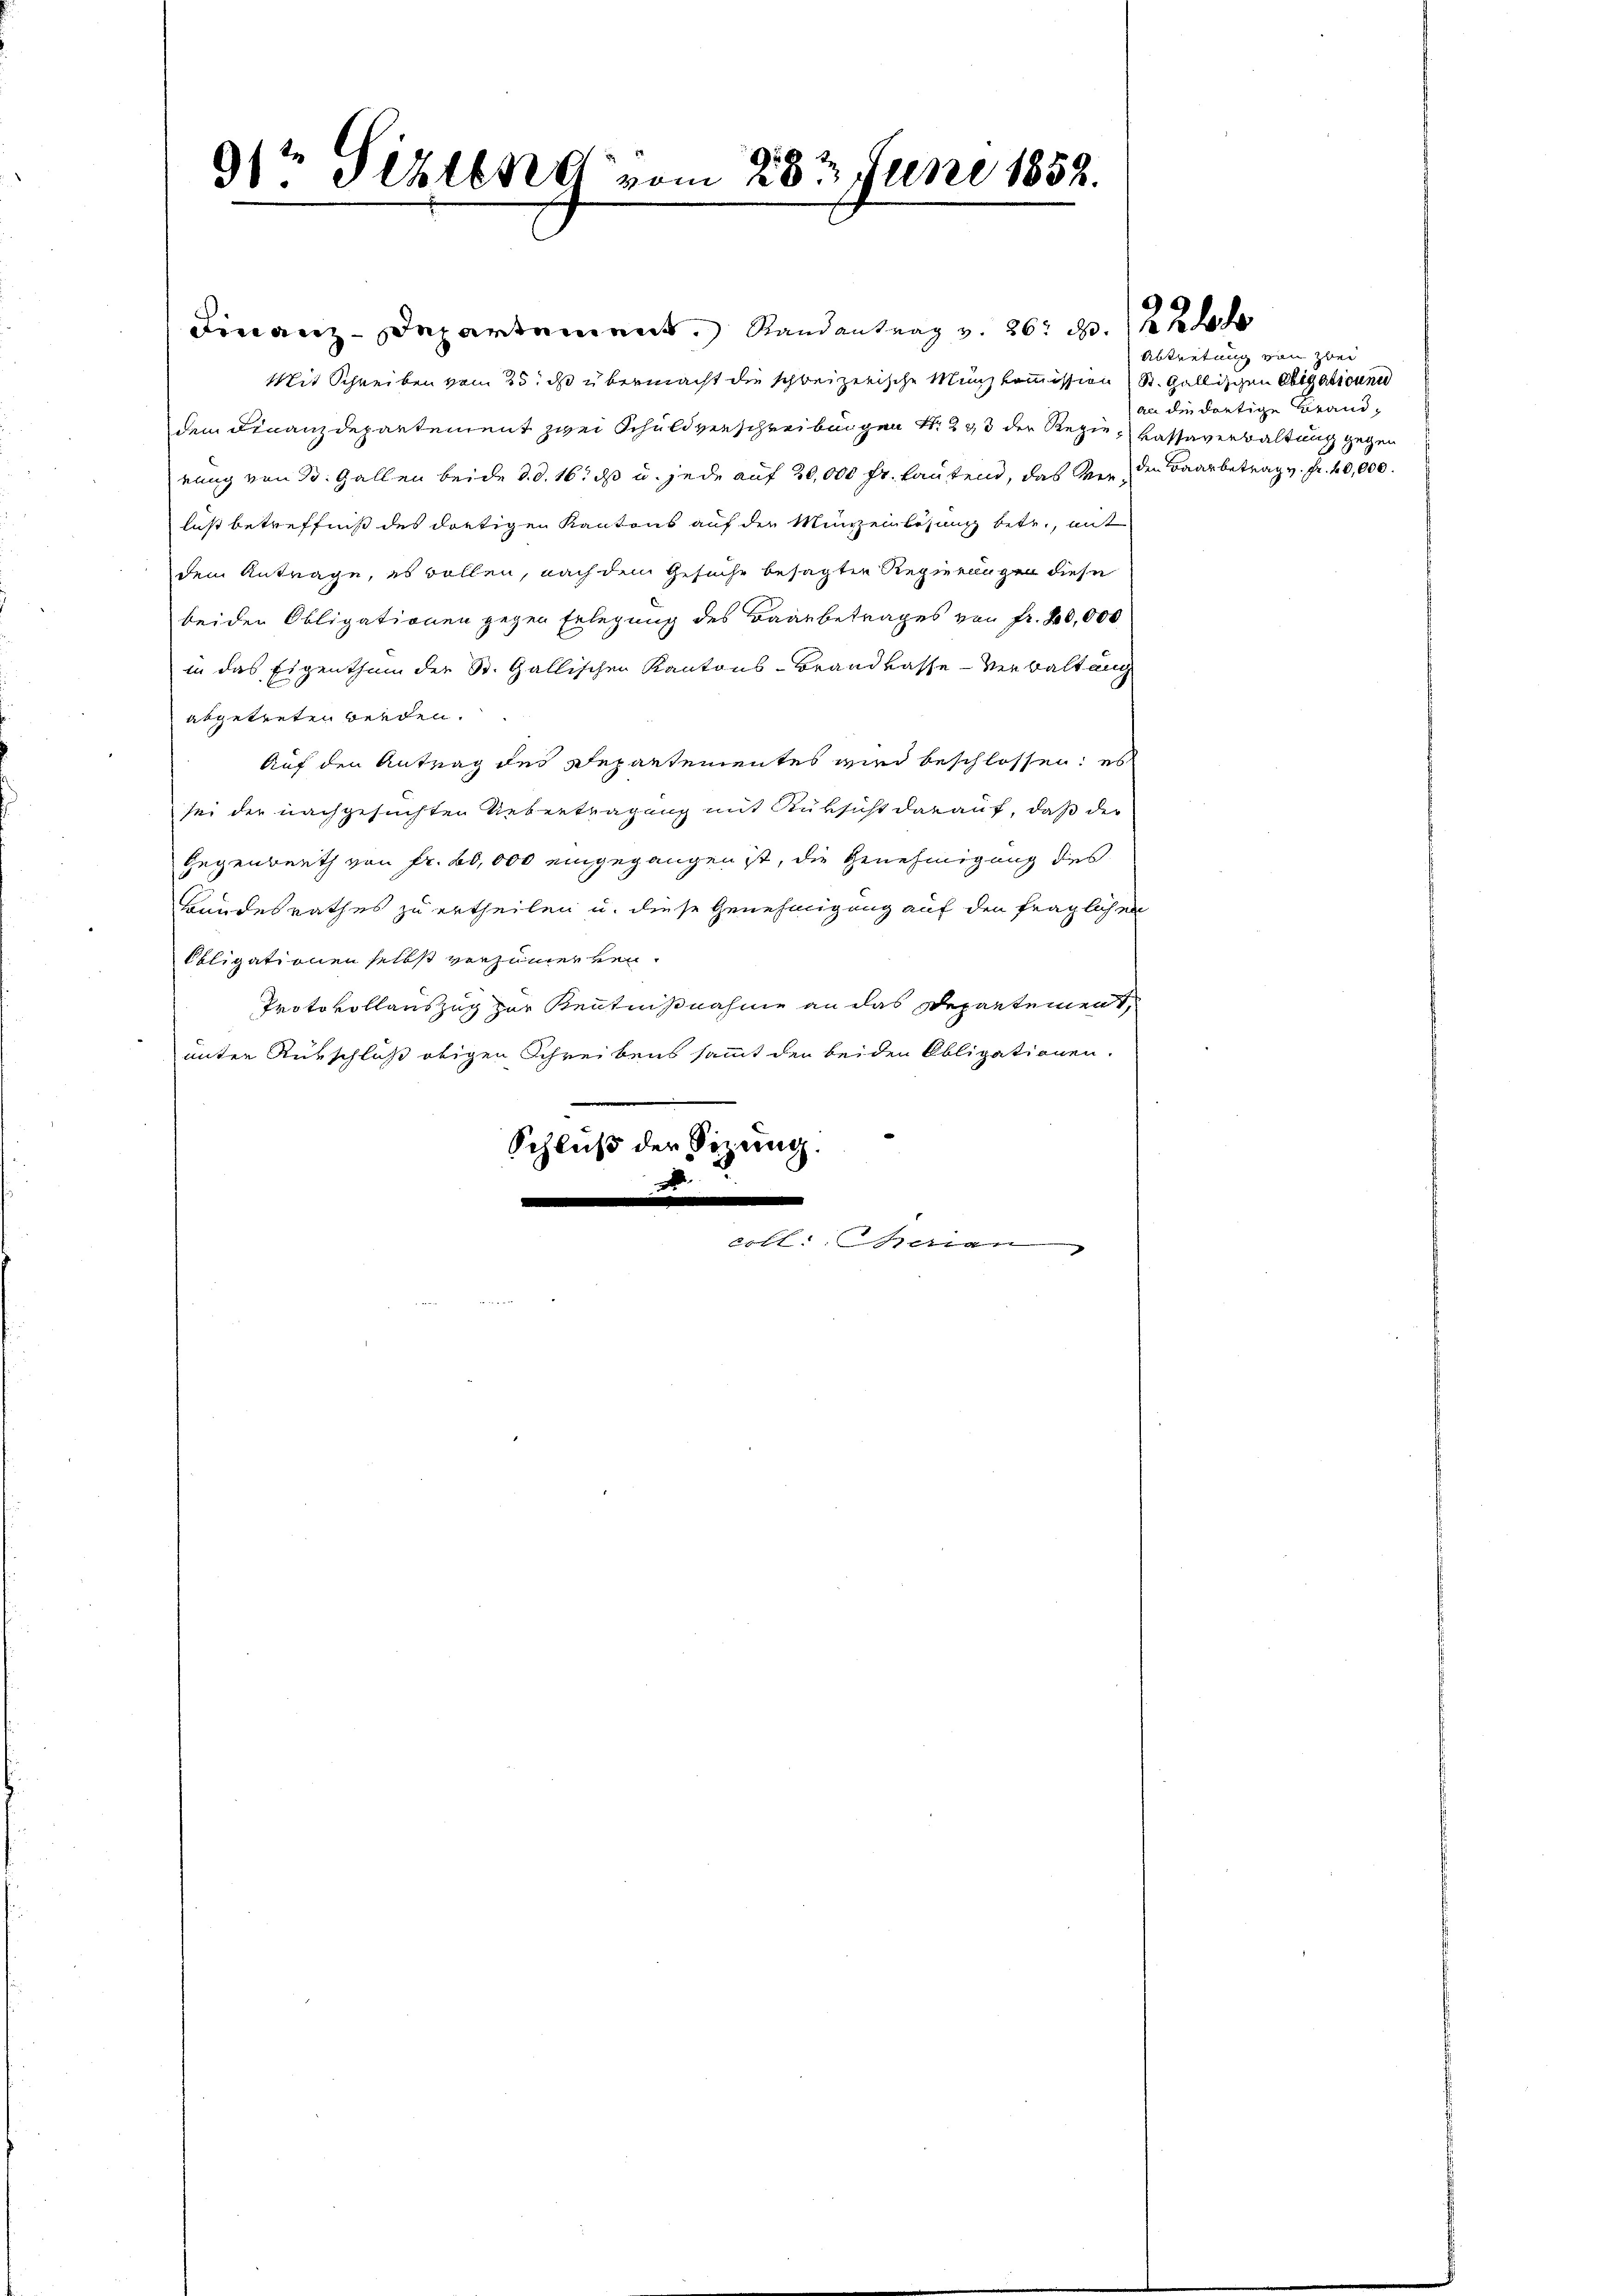
31t Pizleng vom 28t Juni 1852.

Finanz-Departement Randantrag v. 26. d. 2
Mit Schreiben vom 25. dß übermacht die schweizerische Münzkommission St. Gallischen Obligationen
dem Finanzdepartement zwei Schuldverschreibungen S. 233 der Regien Kassaverwaltung gegen
rung von 30. Gallen beide d. d. 16. ds u. jede auf 20,000 fr. lautend, das Ver- den Baarbetrag v. fr. 40,000.
luß betreffniß des dortigen Kantons auf der Münzenlösung betr., mit
dem Antrage, es wollen, nach dem Gesuche besagten Regierungen diese
beiden Obligationen gegen Erlegung des Baarbetrages von Fr. 20,000
in das Eigenthum der St. Gallischen Kantons-Brandkasse Verwaltung
abgetreten werden.
Auf den Antrag des Departementes wird beschlossen: es
sei der nachgesuchten Uebertragung mit Rüksicht darauf, daß der
Gegenwerth von Fr. 60,000 eingegangen ist, die Genehmigung des
Bandesrathes zu ertheilen u. diese Genehmigung auf den fraglichen
Obligationen selbst verzimmerten.
Protokollauszug zur Kenntnißnahme an das Departement,
unter Rückschluß obigen Schreibens sammt der beiden Obligationen.
Schluß der Sitzung.
.
coll. Marien

Abtretung von zwei
an die dortige Brand¬